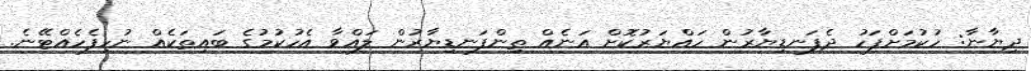
ދިޔާނާ: ހުކުމަށްފަހު ދެފަނޑިޔާރުން ހައްޔަރުކޮށް އަނެއް ތިންފަނޑިޔާރުން ލައްވާ އެހުކުމުގެ ބައިތަކެއް ނުހިފެހެއްޓޭނެ.